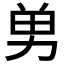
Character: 𭄫